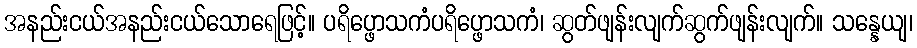
အနည်းငယ်အနည်းငယ်သောရေဖြင့်။ ပရိပ္ဖောသကံပရိပ္ဖောသကံ၊ ဆွတ်ဖျန်းလျက်ဆွက်ဖျန်းလျက်။ သန္နေယျ၊